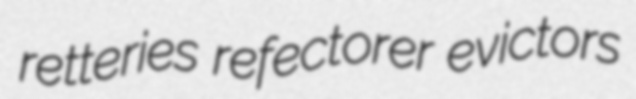
retteries refectorer evictors